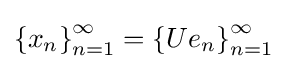
\left\{x_{n}\right\}_{n=1}^{\infty }=\left\{Ue_{n}\right\}_{n=1}^{\infty }